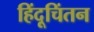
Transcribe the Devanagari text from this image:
हिंदूचिंतन